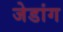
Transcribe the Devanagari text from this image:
जेडांग